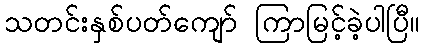
သတင်းနှစ်ပတ်ကျော် ကြာမြင့်ခဲ့ပါပြီ။